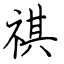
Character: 祺